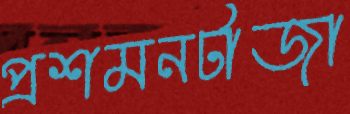
প্রশমনটাজা